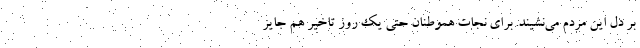
بر دل این مردم می‌نشیند. برای نجات هموطنان حتی یک روز تاخیر هم جایز